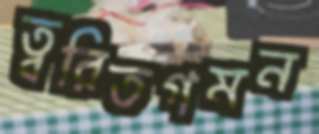
ত্বরিতগমন